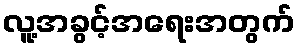
လူ့အခွင့်အရေးအတွက်